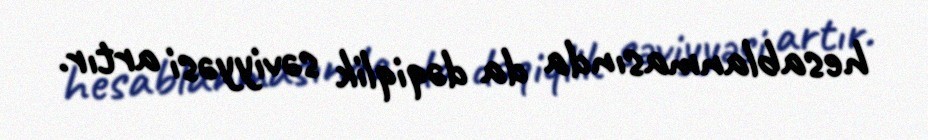
hesablanmasında da dəqiqlik səviyyəsi artır.